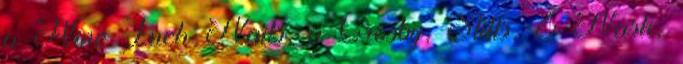
a Nine Inch Nails, a Crosby, Stills, & Nash,